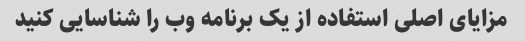
مزایای اصلی استفاده از یک برنامه وب را شناسایی کنید